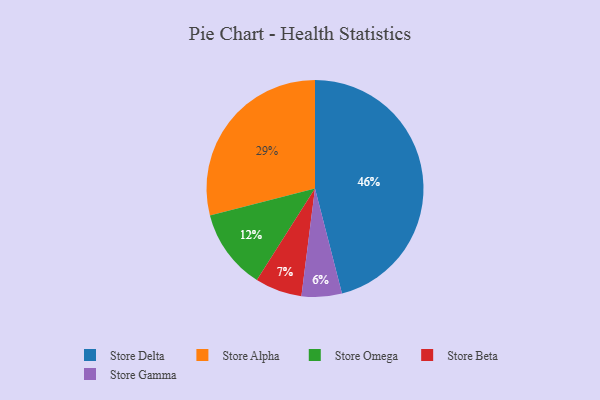
{"axis": {"x": "Category", "y": "Percentage"}, "legend": ["Store Alpha", "Store Beta", "Store Delta", "Store Gamma", "Store Omega"], "data": [{"x": "Store Omega", "y": 12, "type": "Store Omega"}, {"x": "Store Delta", "y": 46, "type": "Store Delta"}, {"x": "Store Beta", "y": 7, "type": "Store Beta"}, {"x": "Store Gamma", "y": 6, "type": "Store Gamma"}, {"x": "Store Alpha", "y": 29, "type": "Store Alpha"}]}